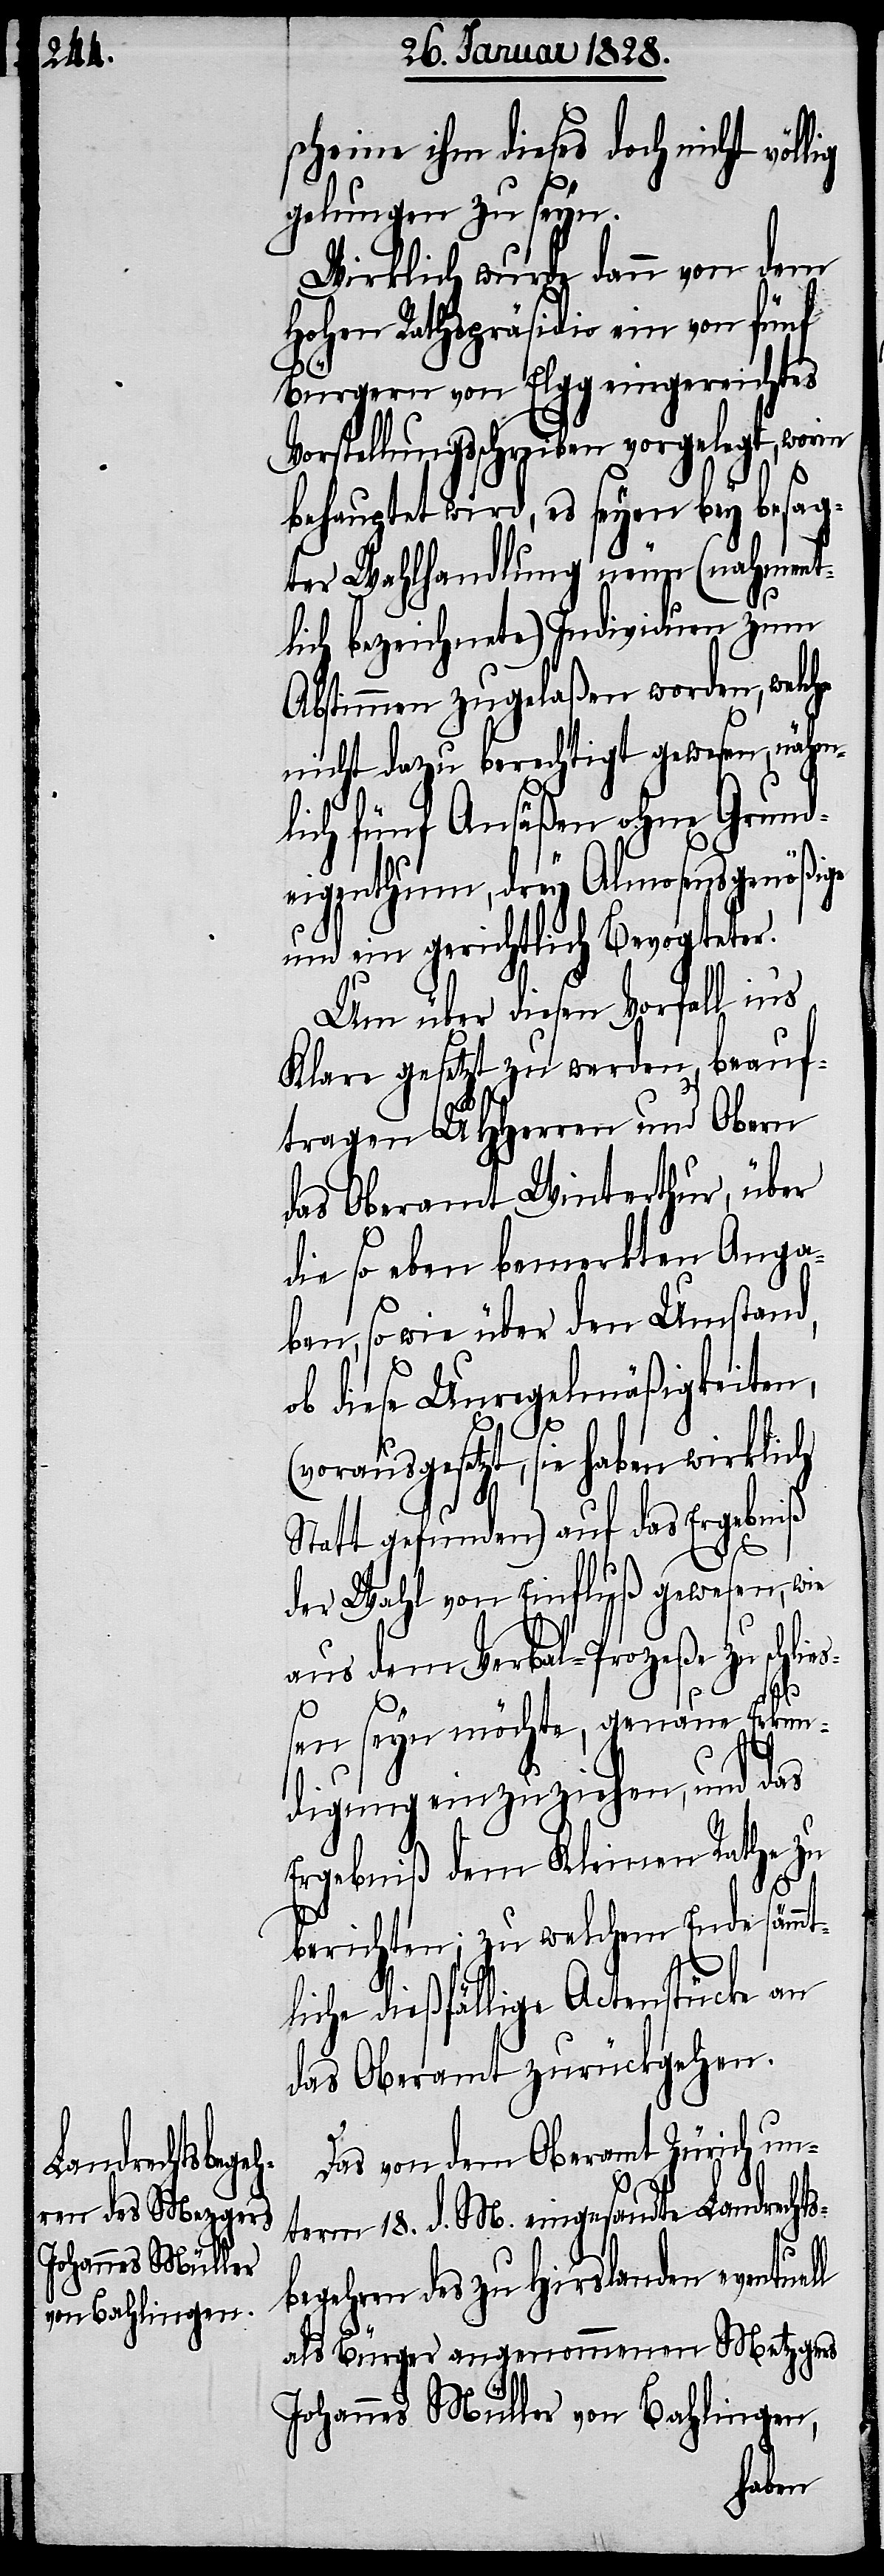
scheine ihm dieses doch nicht völ¬
gelungen zu seyn.
Wirklich wurde dann von dem
hohen Rathspräsidio ein von fünf
Bürgern von Elgg eingereichtes
Vorstellungsschreiben vorgelegt, worin
behauptet wird, es seyn bey besag¬
ter Wahlhandlung neue (nahment¬
lich bezeichnete) Individuen zum
Abstimmen zugelaßen worden, welc¬
nicht dazu berechtigt gewesen, nähm¬
lich fünf Ansäßen ohne Grund¬
eigenthum, drey Almosengenößige
und ein gerichtlich Bevogteter.
Um über diesen Vorfall ins
Klare gesetzt zu werden, beauf¬
tragen UHHerren und Obern
das Oberamt Winterthur, über
die so eben bemerkten Anga¬
ben, so wie über den Umstand,
ob diese Unregelmäßigkeiten,
(vorausgesetzt, sie haben wirklich
Statt gefunden) auf das Ergebniß
der Wahl von Einfluß gewesen, wie
aus dem Verbal-Prozeße zu schl¬
l
en seyn möchte, genaue Erkun¬
digung einzuziehen, und das
Ergebniß dem Kleinen Rathe zu
berichten; zu welchem Ende sämmt¬
liche dießfällige Actenstücke an
das Oberamt zurückgehen.
Das von dem Oberamt Zürich un¬
term 18. d. M. eingesandte Landrech¬
ts¬
begehren des zu Hirslanden eventuel¬
als Bürger angenommenen Metzgers
Johannes Müller von Bahlingen,